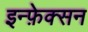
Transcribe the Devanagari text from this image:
इन्फ़ेक्सन